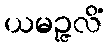
ယမဉ္ဇလိံ